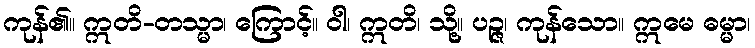
ကုန်၏။ ဣတိ-တသ္မာ၊ ကြောင့်။ ဝါ၊ ဣတိ၊ သို့။ ပဉ္ဇ၊ ကုန်သော။ ဣမေ ဓမ္မာ၊